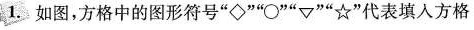
1.如图，方格中的图形符号“◇”“\bigcirc”“▽”“☆”代表填入方格